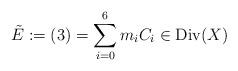
LaTeX: \begin{align*} \tilde{E}:= (3) = \sum_{i=0}^6 m_i C_i \in{\rm Div}(X) \end{align*}